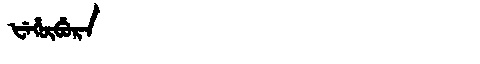
Manchu: ᡶᡝᡥᡡᠪᡠᡵᠠ
Romanization: FEHŪBURA